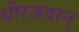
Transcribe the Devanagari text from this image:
धीरजवान्